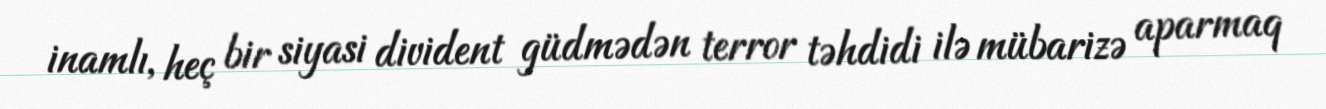
inamlı, heç bir siyasi divident güdmədən terror təhdidi ilə mübarizə aparmaq